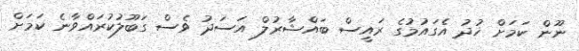
ނޫން ކަމަށް ޚުދު އެގައުމުގެ ރައީސް ބައްޝާރުލް އަސަދު ވެސް ގަބޫލުކުރައްވާނެ ކަމަށް